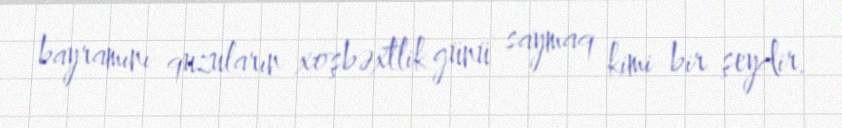
bayramını quzuların xoşbəxtlik günü saymaq kimi bir şeydir.